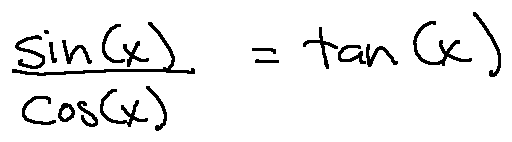
\frac { \sin ( x ) } { \cos ( x ) } = \tan ( x )